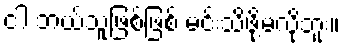
ငါ ဘယ်သူဖြစ်ဖြစ် မင်းသိဖို့မလိုဘူး။